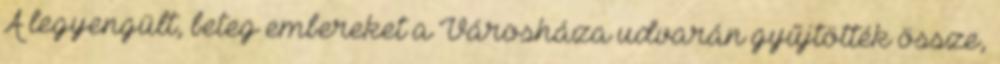
A legyengült, beteg embereket a Városháza udvarán gyűjtötték össze,